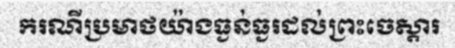
ករណីប្រមាថយ៉ាងធ្ងន់ធ្ងរដល់ព្រះចេស្តារ